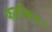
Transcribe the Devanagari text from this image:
फलकित।